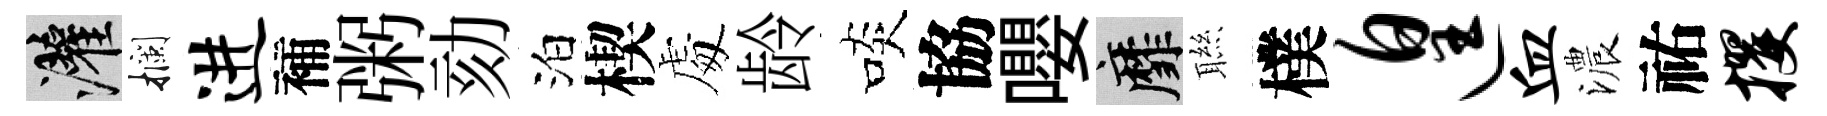
灌攔进補粥劾泊楔䖏龄啖協嚶靡聮樸遑血濃祐攫